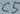
Text: C5